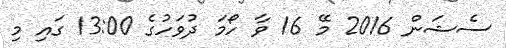
ސެޝަން 2016 މޭ 16 ވާ ހޯމަ ދުވަހުގެ 13:00 ގައި މި